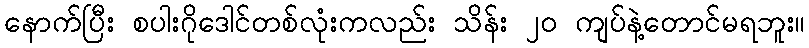
နောက်ပြီး စပါးဂိုဒေါင်တစ်လုံးကလည်း သိန်း ၂၀ ကျပ်နဲ့တောင်မရဘူး။